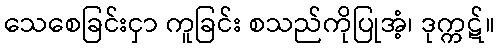
သေစေခြင်းငှာ ကူခြင်း စသည်ကိုပြုအံ့၊ ဒုက္ကဋ်။